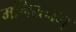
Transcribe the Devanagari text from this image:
मनिरत्नम्‌